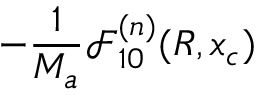
- \frac { 1 } { M _ { a } } \mathcal { F } _ { 1 0 } ^ { ( n ) } ( R , x _ { c } )